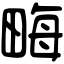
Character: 畮